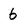
Character: 6